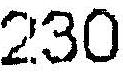
230